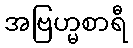
အဗြဟ္မစာရီ